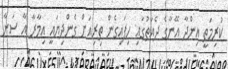
ކުރިމަތީ އިންދާ އޭނާގެ ދެއަތުގައި ހިފައިގެން ތިރިއަށް ގެންދިޔައީ އިމާރާ އާ ސަނާ